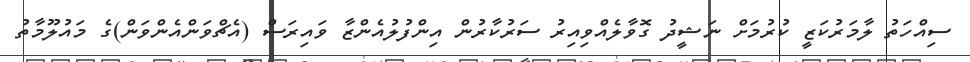
ސިއްހަތު ލާމަރުކަޒީ ކުރުމަށް ނަޝީދު ގޮވާލެއްވިއިރު ސަރުކާރުން އިންފުލުއެންޒާ ވައިރަސް (އެޗްވަންއެންވަން)ގެ މައުލޫމާތު